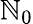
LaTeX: \boldsymbol{{\mathbb{N}}}_{0}